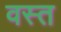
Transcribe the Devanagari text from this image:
वस्त